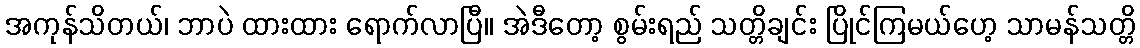
အကုန်သိတယ်၊ ဘာပဲ ထားထား ရောက်လာပြီ။ အဲဒီတော့ စွမ်းရည် သတ္တိချင်း ပြိုင်ကြမယ်ဟေ့ သာမန်သတ္တိ